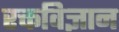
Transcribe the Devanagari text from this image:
रक्तविज्ञान